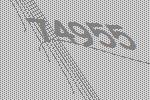
74955